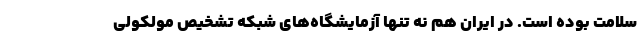
سلامت بوده است. در ایران هم نه تنها آزمایشگاه‌های شبکه تشخیص مولکولی